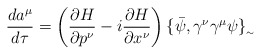
\begin{align*}\frac{da^{\mu }}{d\tau} = \left(\frac{\partial H}{\partial p^{\nu }} - i\frac{\partial H}{\partial x^{\nu }}\right) \{\bar{\psi },\gamma^{\nu }\gamma^{\mu }\psi \}_{_{\sim }} \end{align*}